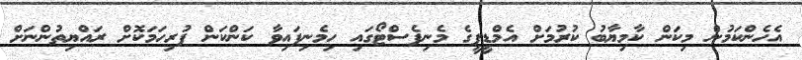
އެހެންކަމުން މިކަން ކާމިޔާބު ކުރުމަށް އެމްޑީޕީގެ މެނިފެސްޓޯގައި ހިމެނިފައިވާ ކަންކަން ފުރިހަމަކޮށް ރައްޔިތުންނަށް